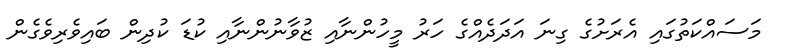
މަސައްކަތުގައި އެރަށުގެ ގިނަ އަދަދެއްގެ ހަރު މީހުންނާއި ޒުވާނުންނާއި ކުޑަ ކުދިން ބައިވެރިވެގެން